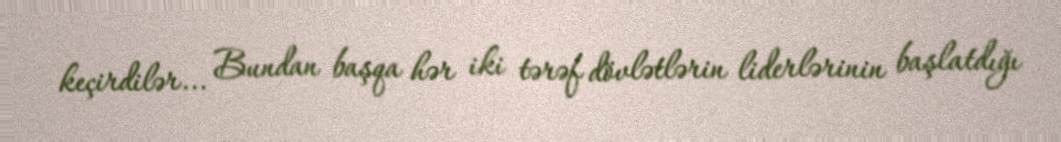
keçirdilər... Bundan başqa hər iki tərəf dövlətlərin liderlərinin başlatdığı